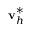
\mathbf v _ { h } ^ { * }